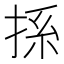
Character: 𢭁